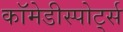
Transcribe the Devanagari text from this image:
कॉमेडीस्पोर्ट्स